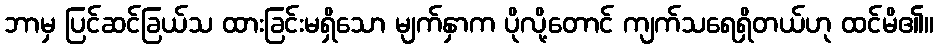
ဘာမှ ပြင်ဆင်ခြယ်သ ထားခြင်းမရှိသော မျက်နှာက ပိုလို့တောင် ကျက်သရေရှိတယ်ဟု ထင်မိ၏။